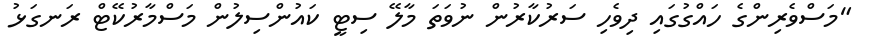
"މަސްވެރިންގެ ހައްގުގައި ދިވެހި ސަރުކާރުން ނުވަތަ މާލޭ ސިޓީ ކައުންސިލުން މަސްމާރުކޭޓް ރަނގަޅު